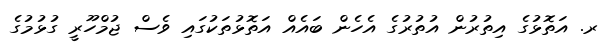
ރ. އަތޮޅުގެ އިތުރުން އުތުރުގެ އެހެން ބައެއް އަތޮޅުތަކުގައި ވެސް ޖުމްހޫރީ ގުޅުމުގެ